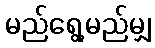
မည်ရွေ့မည်မျှ